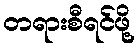
တရားစီရင်ဖို့